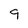
Character: 9